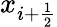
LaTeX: x_{i+{\frac{1}{2}}}